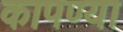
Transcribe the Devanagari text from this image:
कापण्या